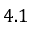
4 . 1